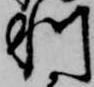
利